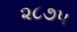
૨૮૭૫